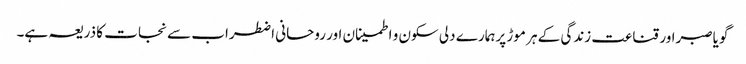
گویاصبراور قناعت زندگی کے ہر موڑ پرہمارے دلی سکون و اطمینان اور روحانی اضطراب سے نجات کا ذریعہ ہے۔